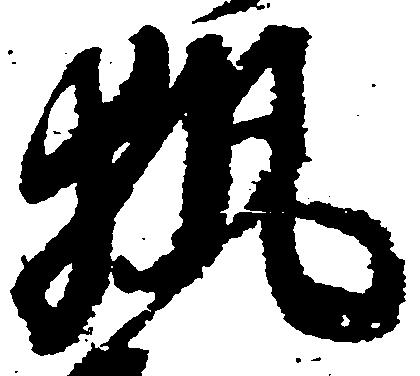
執